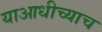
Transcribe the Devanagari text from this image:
याआधीच्याच